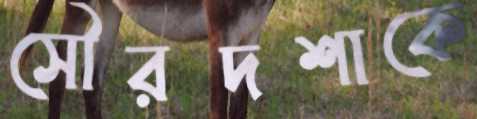
সৌরদশাকে